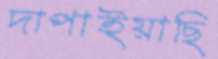
দাপাইয়াছি